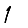
Digit: 1